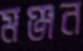
মঞ্জন